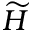
\widetilde { H }